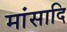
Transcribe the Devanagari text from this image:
मांसादि